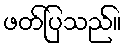
ဖတ်ပြသည်။